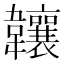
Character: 𬰰